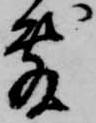
敷